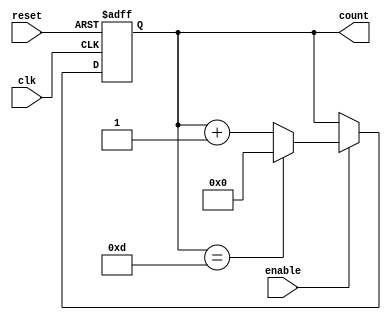
module ModulusCounter(
    input wire clk,
    input wire reset,
    input wire enable,
    output reg [3:0] count
);

reg [3:0] count_next;

always @(posedge clk or posedge reset) begin
    if (reset) begin
        count <= 4'b0000; // Starting value
    end else if (enable) begin
        if (count == 4'b1101) begin // Maximum value (13 in decimal)
            count <= 4'b0000; // Reset back to starting value
        end else begin
            count <= count_next; // Increment count value
        end
    end
end

always @* begin
    if (count == 4'b1101) begin
        count_next = 4'b0000;
    end else begin
        count_next = count + 1;
    end
end

endmodule